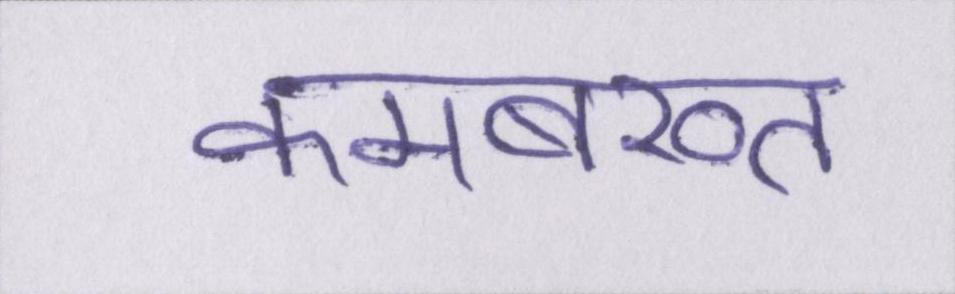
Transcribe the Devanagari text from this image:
कमबख्त